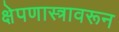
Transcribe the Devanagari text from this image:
क्षेपणास्त्रावरून